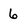
Character: 6